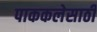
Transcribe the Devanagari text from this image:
पाककलेसाठी